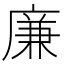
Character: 廉